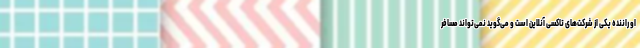
او راننده یکی از شرکت‌های تاکسی آنلاین است و می‌گوید نمی‌تواند مسافر